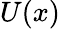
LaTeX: U(x)